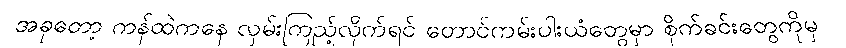
အခုတော့ ကန်ထဲကနေ လှမ်းကြည့်လိုက်ရင် တောင်ကမ်းပါးယံတွေမှာ စိုက်ခင်းတွေကိုမှ